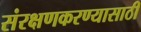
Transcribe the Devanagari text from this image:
संरक्षणकरण्यासाठी